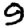
Digit: 9